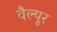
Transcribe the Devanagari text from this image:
वैल्यूर